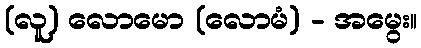
(လူ) လောမော (လောမံ) - အမွေး။